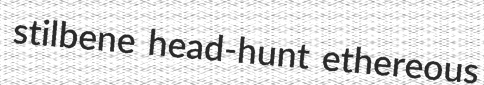
stilbene head-hunt ethereous